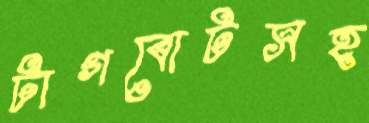
টাগবোটসহ